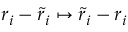
r _ { i } - \tilde { r } _ { i } \mapsto \tilde { r } _ { i } - r _ { i }